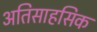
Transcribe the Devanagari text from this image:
अतिसाहसिक